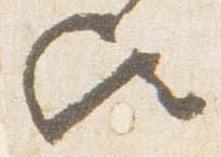
歟